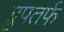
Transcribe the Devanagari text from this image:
ग्रुपतर्फ